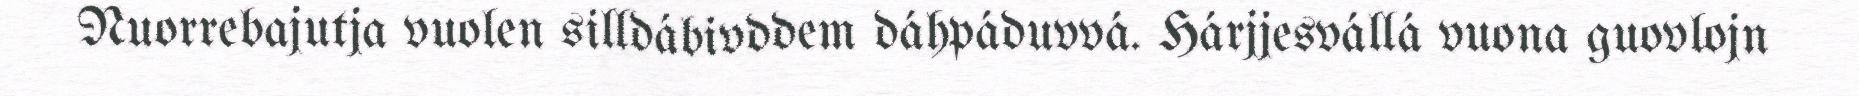
Nuorrebajutja vuolen silldábivddem dáhpáduvvá. Hárjjesvállá vuona guovlojn